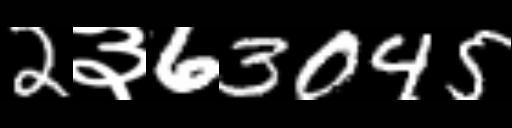
Text: 2३63045